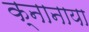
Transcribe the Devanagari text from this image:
क्नानाया